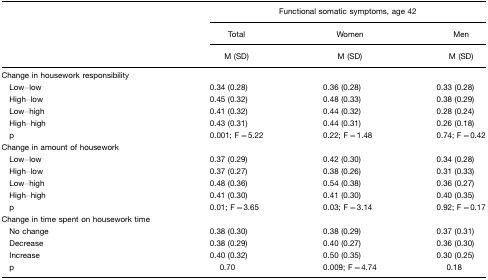
<table><thead><tr><td></td><td colspan="3"><b>Functional somatic symptoms, age 42</b></td></tr><tr><td></td><td><b>Total</b></td><td><b>Women</b></td><td><b>Men</b></td></tr><tr><td></td><td><b>M (SD)</b></td><td><b>M (SD)</b></td><td><b>M (SD)</b></td></tr></thead><tbody><tr><td>Change in housework responsibility</td><td></td><td></td><td></td></tr><tr><td> Low–low</td><td>0.34 (0.28)</td><td>0.36 (0.28)</td><td>0.33 (0.28)</td></tr><tr><td> High–low</td><td>0.45 (0.32)</td><td>0.48 (0.33)</td><td>0.38 (0.29)</td></tr><tr><td> Low–high</td><td>0.41 (0.32)</td><td>0.44 (0.32)</td><td>0.28 (0.24)</td></tr><tr><td> High–high</td><td>0.43 (0.31)</td><td>0.44 (0.31)</td><td>0.26 (0.18)</td></tr><tr><td> p</td><td>0.001; F=5.22</td><td>0.22; F=1.48</td><td>0.74; F=0.42</td></tr><tr><td>Change in amount of housework</td><td></td><td></td><td></td></tr><tr><td> Low–low</td><td>0.37 (0.29)</td><td>0.42 (0.30)</td><td>0.34 (0.28)</td></tr><tr><td> High–low</td><td>0.37 (0.27)</td><td>0.38 (0.26)</td><td>0.31 (0.33)</td></tr><tr><td> Low–high</td><td>0.48 (0.36)</td><td>0.54 (0.38)</td><td>0.36 (0.27)</td></tr><tr><td> High–high</td><td>0.41 (0.30)</td><td>0.41 (0.30)</td><td>0.40 (0.35)</td></tr><tr><td> p</td><td>0.01; F=3.65</td><td>0.03; F=3.14</td><td>0.92; F=0.17</td></tr><tr><td>Change in time spent on housework time</td><td></td><td></td><td></td></tr><tr><td> No change</td><td>0.38 (0.30)</td><td>0.38 (0.29)</td><td>0.37 (0.31)</td></tr><tr><td> Decrease</td><td>0.38 (0.29)</td><td>0.40 (0.27)</td><td>0.36 (0.30)</td></tr><tr><td> Increase</td><td>0.40 (0.32)</td><td>0.50 (0.35)</td><td>0.30 (0.25)</td></tr><tr><td> p</td><td>0.70</td><td>0.009; F=4.74</td><td>0.18</td></tr></tbody></table>